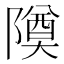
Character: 𬯚